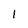
Character: 1